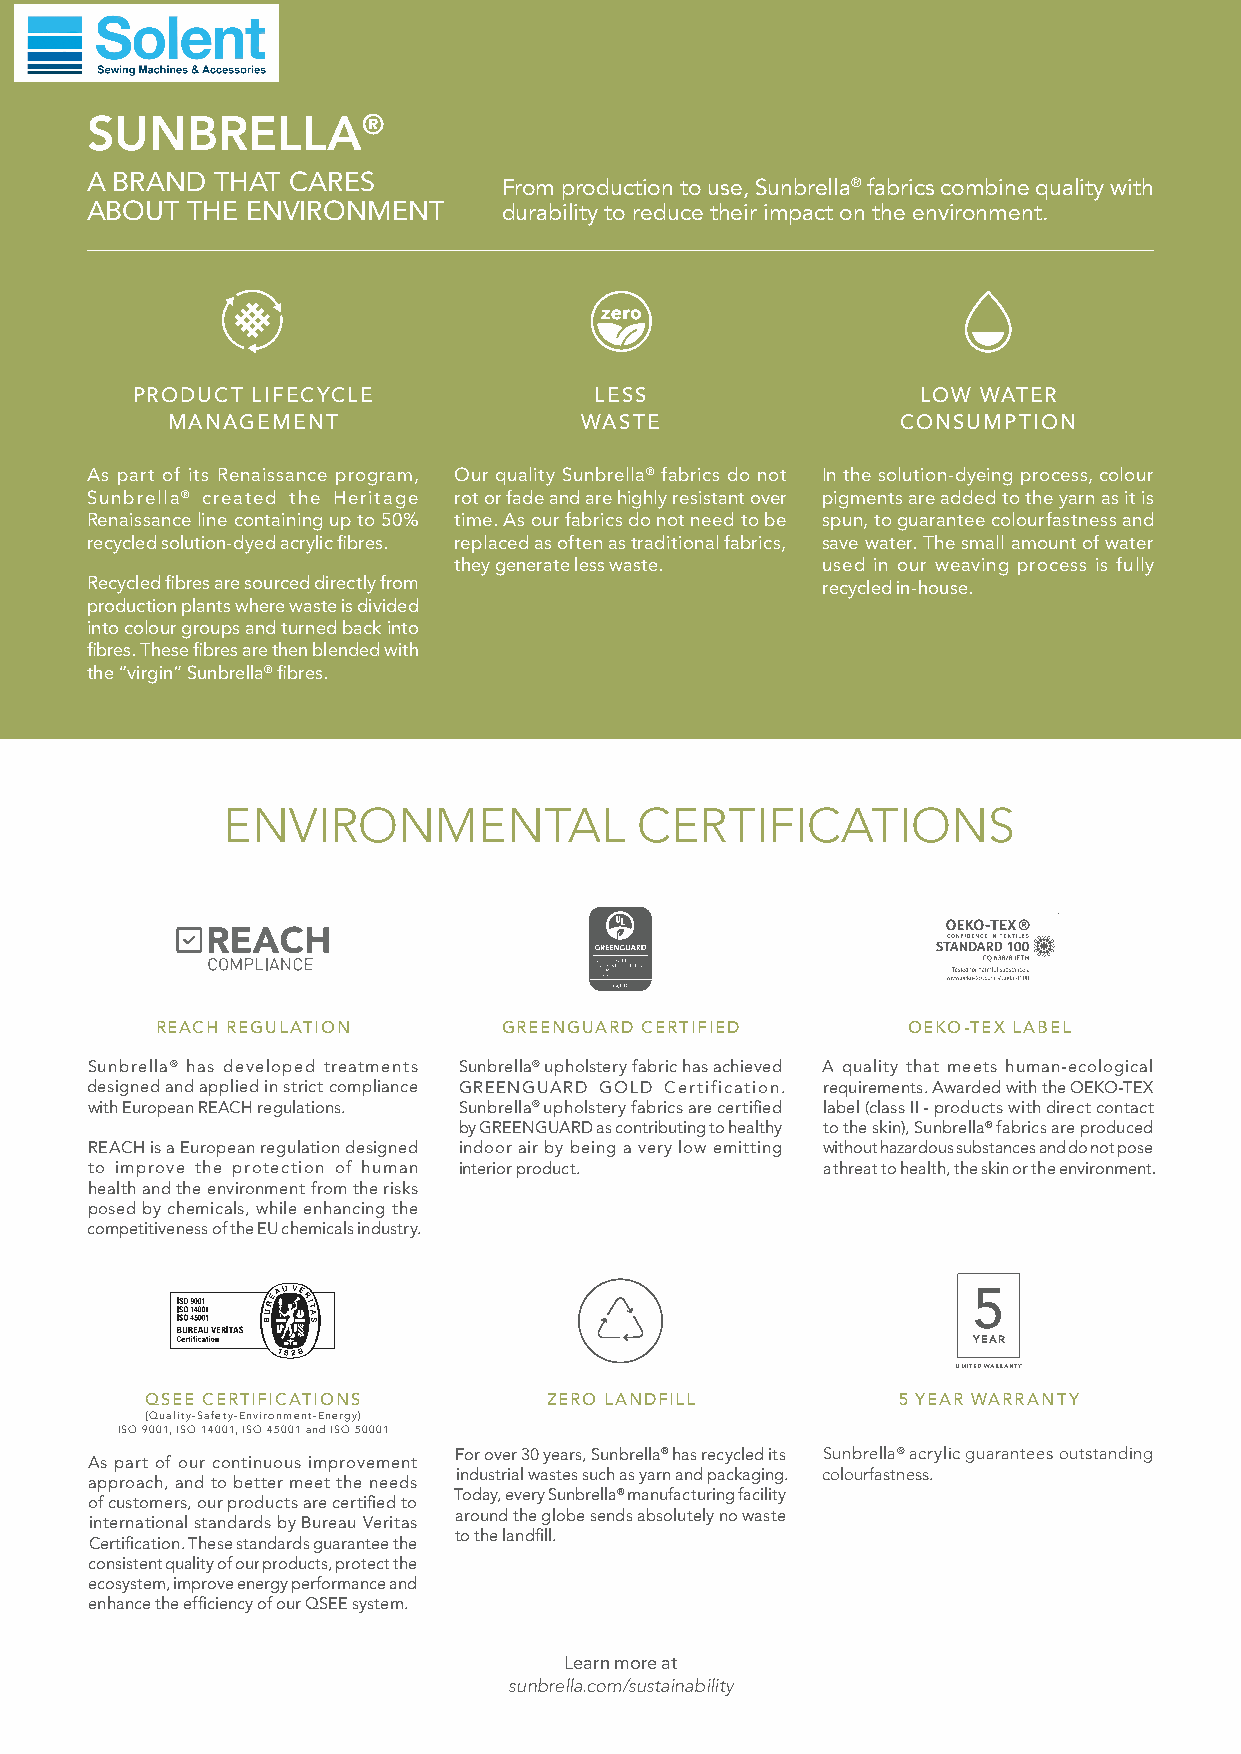
SUNBRELLA®
 A BRAND THAT CARES
 From production to use, Sunbrella® fabrics combine quality with
 ABOUT THE ENVIRONMENT      durability to reduce their impact on the environment.
 PRODUCT LIFECYCLE             LESS                  LOW WATER
 MANAGEMENT                 WASTE                 CONSUMPTION
 As part of its Renaissance program, Our quality Sunbrella® fabrics do not In the solution-dyeing process, colour
 Sunbrella® created the Heritage rot or fade and are highly resistant over pigments are added to the yarn as it is
 Renaissance line containing up to 50% time. As our fabrics do not need to be spun, to guarantee colourfastness and
 recycled solution-dyed acrylic fibres. replaced as often as traditional fabrics, save water. The small amount of water
 they generate less waste. used in our weaving process is fully
 Recycled fibres are sourced directly from       recycled in-house.
 production plants where waste is divided
 into colour groups and turned back into
 fibres. These fibres are then blended with
 the “virgin” Sunbrella® fibres.
 ENVIRONMENTAL              CERTIFICATIONS
 REACH REGULATION       GREENGUARD CERTIFIED       OEKO-TEX LABEL
 Sunbrella® has developed treatments Sunbrella® upholstery fabric has achieved A quality that meets human-ecological
 designed and applied in strict compliance GREENGUARD GOLD Certification. requirements. Awarded with the OEKO-TEX
 with European REACH regulations. Sunbrella® upholstery fabrics are certified label (class II - products with direct contact
 by GREENGUARD as contributing to healthy to the skin), Sunbrella® fabrics are produced
 REACH is a European regulation designed indoor air by being a very low emitting without hazardous substances and do not pose
 to improve the protection of human interior product. a threat to health, the skin or the environment.
 health and the environment from the risks
 posed by chemicals, while enhancing the
 competitiveness of the EU chemicals industry.
 5
 YEAR
 LIMITED WARRANTY
 QSEE CERTIFICATIONS       ZERO LANDFILL          5 YEAR WARRANTY
 (Quality-Safety-Environment-Energy)
 ISO 9001, ISO 14001, ISO 45001 and ISO 50001
 For over 30 years, Sunbrella® has recycled its Sunbrella® acrylic guarantees outstanding
 As part of our continuous improvement
 industrial wastes such as yarn and packaging. colourfastness.
 approach, and to better meet the needs
 Today, every Sunbrella® manufacturing facility
 of customers, our products are certified to
 around the globe sends absolutely no waste
 international standards by Bureau Veritas
 to the landfill.
 Certification. These standards guarantee the
 consistent quality of our products, protect the
 ecosystem, improve energy performance and
 enhance the efficiency of our QSEE system.
 Learn more at
 sunbrella.com/sustainability